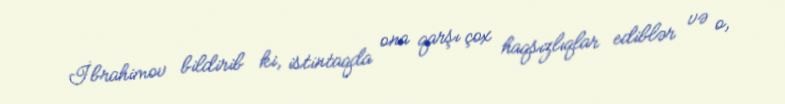
İbrahimov bildirib ki, istintaqda ona qarşı çox haqsızlıqlar ediblər və o,